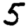
Digit: 5